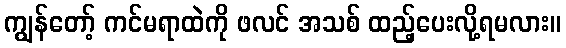
ကျွန်တော့် ကင်မရာထဲကို ဖလင် အသစ် ထည့်ပေးလို့ရမလား။